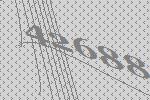
42688